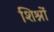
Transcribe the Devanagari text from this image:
शिश्नों